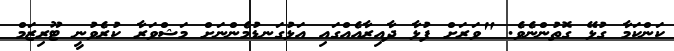
ކަންކަމާ ގުޅޭ ގޮތުންނެވެ. "ވަރަށް ފުޅާ ދާއިރާއެއްގައި އަޅުގަނޑުމެންނަށް މަޝްވަރާ ކުރެވުނީ ޓޫރިޒަމް